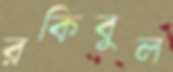
রকিবুল